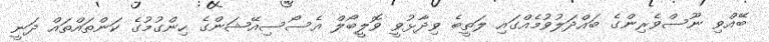
ބޭއްވި ނޫސްވެރިންގެ ބައްދަލުވުމެއްގައި ލަތީބެ ވިދާޅުވީ ވޮލީބޯލް އެސޯސިއޭޝަންގެ ހިންގުމުގެ ކަންތައްތައް ދަނީ